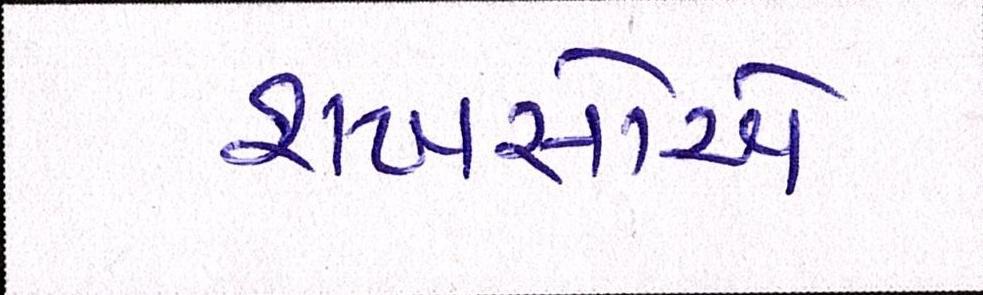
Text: શખસોએ